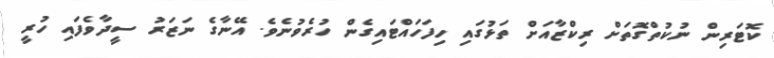
ކޮޓަރިން ނުކުތްގޮތަށް ރިކްޒާއަށް ތަޅުގައި ހިފަހައްޓައިގެން ހުރެވުނެވެ. އޭނާގެ ނަޒަރު ސީދާވެފައި ހުރީ